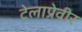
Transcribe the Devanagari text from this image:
टेलाप्रेवीर